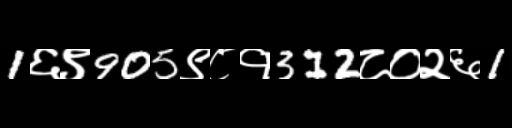
Text: 1६९905९८१312८०२६1